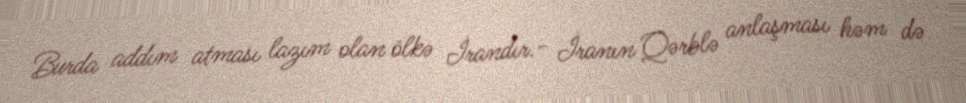
Burda addım atması lazım olan ölkə İrandır.- İranın Qərblə anlaşması həm də